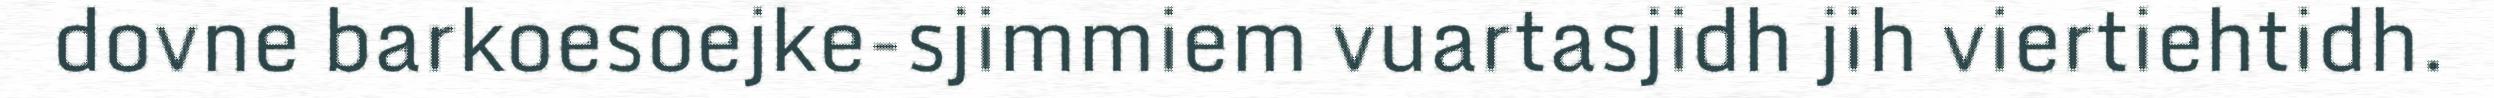
dovne barkoesoejke-sjimmiem vuartasjidh jih viertiehtidh.